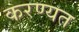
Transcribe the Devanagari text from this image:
करण्यत